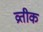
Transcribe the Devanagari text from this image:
व्रतीक